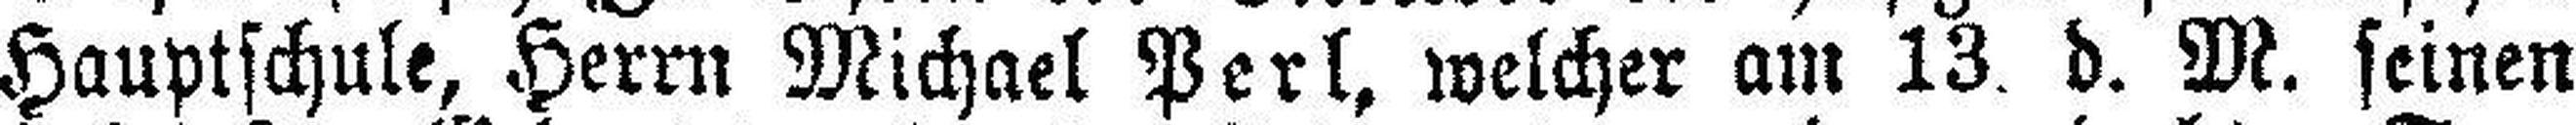
Hauptschule, Herrn Michael Perl, welcher am 13. d. M. seinen